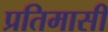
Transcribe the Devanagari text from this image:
प्रतिमासी